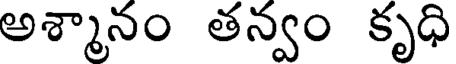
అశ్మానం తన్వం కృధి